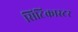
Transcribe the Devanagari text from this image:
सिटिकास्टर